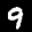
Label: 9